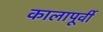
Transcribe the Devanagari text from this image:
कालापूर्वी